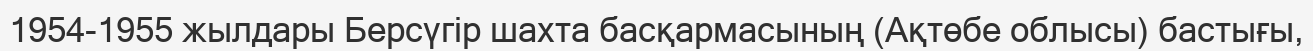
1954-1955 жылдары Берсүгір шахта басқармасының (Ақтөбе облысы) бастығы,